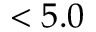
< 5 . 0